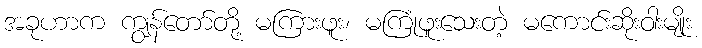
အခုဟာက ကျွန်တော်တို့ မကြားဖူး၊ မကြုံဖူးသေးတဲ့ မကောင်းဆိုးဝါးမျိုး